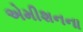
એમીશનના